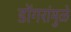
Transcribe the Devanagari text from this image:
डोंगरांमुळे